Annual report on the working of the lock hospitals in the North-Western Provinces and Oudh
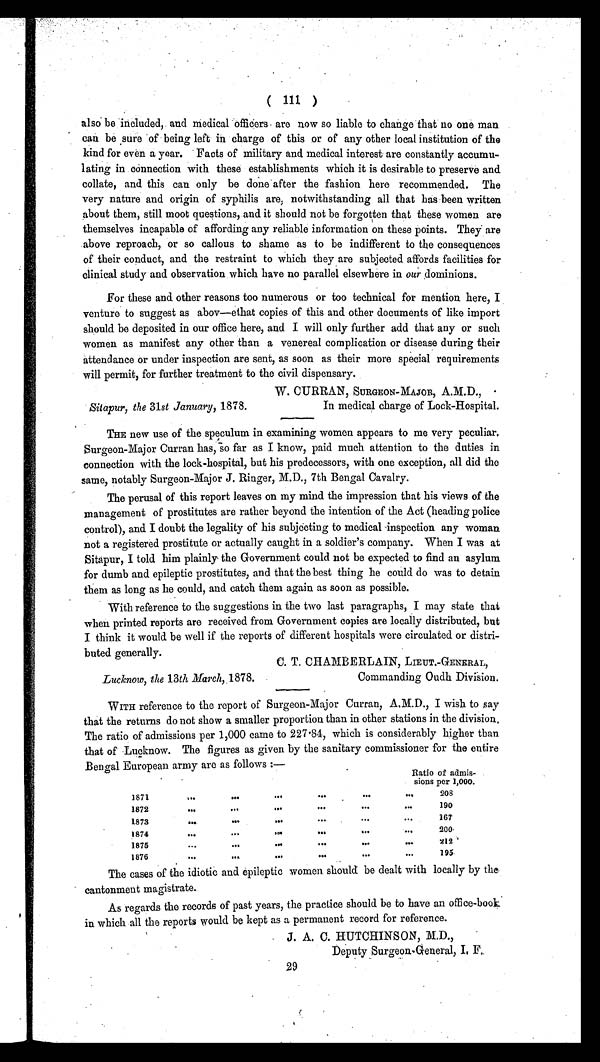
( 111 )
also be included, and medical officers are now so liable to change that no one man
can be sure of being left in charge of this or of any other local institution of the
kind for even a year. Facts of military and medical interest are constantly accumu-
lating in connection with these establishments which it is desirable to preserve and
collate, and this can only be done after the fashion here recommended, The
very nature and origin of syphilis are, notwithstanding all that has been written
about them, still moot questions, and it should not be forgotten that these women are
themselves incapable of affording any reliable information on these points. They are
above reproach, or so callous to shame as to be indifferent to the consequences
of their conduct, and the restraint to which they are subjected affords facilities for
clinical study and observation which have no parallel elsewhere in our dominions.
For these and other reasons too numerous or too technical for mention here, I
venture to suggest as abov—ethat copies of this and other documents of like import
should be deposited in our office here, and I will only further add that any or such
women as manifest any other than a venereal complication or disease during their
attendance or under inspection are sent, as soon as their more special requirements
will permit, for further treatment to the civil dispensary.
W. CURRAN, SURGEON-MAJOR, A.M.D.,
Sitapur, the 31st January, 1878.
In medical charge of Lock-Hospital.
THE new use of the speculum in examining women appears to me very peculiar,
Surgeon-Major Curran has, so far as I know, paid much attention to the duties in
connection with the lock-hospital, but his predecessors, with one exception, all did the
same, notably Surgeon-Major J. Ringer, M.D., 7th Bengal Cavalry.
The perusal of this report leaves on my mind the impression that his views of the
management of prostitutes are rather beyond the intention of the Act (heading police
control), and I doubt the legality of his subjecting to medical inspection any woman
not a registered prostitute or actually caught in a soldier's company. When I was at
Sitapur, I told him plainly the Government could not be expected to find an asylum
for dumb and epileptic prostitutes, and that the best thing he could do was to detain
them as long as he could, and catch them again as soon as possible.
With reference to the suggestions in the two last paragraphs, I may state that
when printed reports are received from Government copies are locally distributed, but
I think it would be well if the reports of different hospitals were circulated or distri-
buted generally.
C. T. CHAMBERLAIN, LIEUT.-GENERAL,
Lucknow, the 13th March, 1878.
Commanding Oudh Division.
WITH reference to the report of Surgeon-Major Curran, A.M.D., I wish to say
that the returns do not show a smaller proportion than in other stations in the division.
The ratio of admissions per 1,000 came to 227.84, which is considerably higher than
that of Lucknow. The figures as given by the sanitary commissioner for the entire
Bengal European army are as follows:—
Ratio of admis-
sions per 1,000.
1871
...
•••
208
1872
•••
...
.•.
•••
190
1873
•••
•••
•••
....
167
1874
•••
.
200
1875
•••
•••
•••
•••
212
1876
•••
....
•••
•••
195
The cases of the idiotic and epileptic women should be dealt with locally by the
cantonment magistrate.
As regards the records of past years, the practice should be to have an office-book
in which all the reports would be kept as a permanent record for reference.
J. A. C. HUTCHINSON, M.D.,
Deputy Surgeon-General, I. F.
29